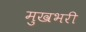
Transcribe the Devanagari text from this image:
मुखभरी